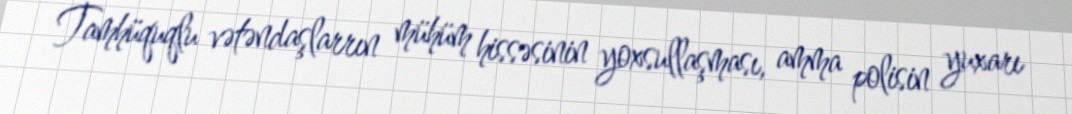
Tamhüquqlu vətəndaşlarrın mühüm hissəsinin yoxsullaşması, amma polisin yuxarı